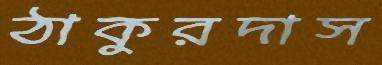
ঠাকুরদাস